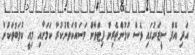
އަދި އޮފް ސީޒަނުގައި ވެސް ކުޅުންތެރިން ފިޓްވާން މަސައްކަތްނުކުރާ ކަމަށާއި މިއީ ކުލަބުތަކުން